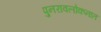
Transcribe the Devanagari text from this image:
पुनरावलोकनात